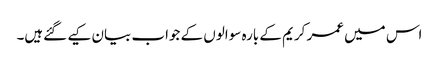
اس میں عمر کریم کے بارہ سوالوں کے جواب بیان کیے گئےہیں۔